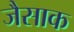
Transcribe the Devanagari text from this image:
जैसाक